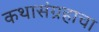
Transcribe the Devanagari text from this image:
कथासंग्रहाचा